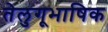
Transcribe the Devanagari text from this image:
तेलुगूभाषिक